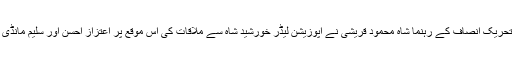
تفصیلات کے مطابق تحریک انصاف کے رہنما شاہ محمود قریشی نے اپوزیشن لیڈر خورشید شاہ سے ملاقات کی اس موقع پر اعتزاز احسن اور سلیم مانڈی والا بھی شریک تھے۔